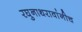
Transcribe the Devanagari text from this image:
रघुनाथरावांनीच